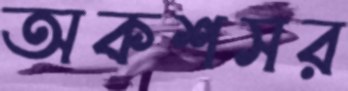
অকশসর